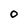
Character: O